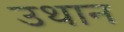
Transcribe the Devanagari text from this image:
उथान